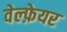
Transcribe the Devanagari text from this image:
वेल्फ़ेयर